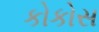
કોકોસ